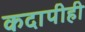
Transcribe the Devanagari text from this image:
कदापीही